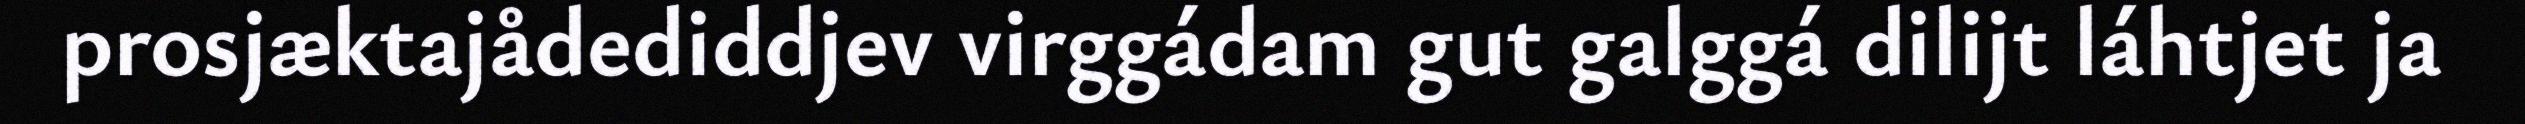
prosjæktajådediddjev virggádam gut galggá dilijt láhtjet ja